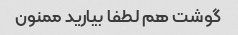
گوشت هم لطفا بیارید ممنون